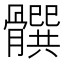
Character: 𩪞